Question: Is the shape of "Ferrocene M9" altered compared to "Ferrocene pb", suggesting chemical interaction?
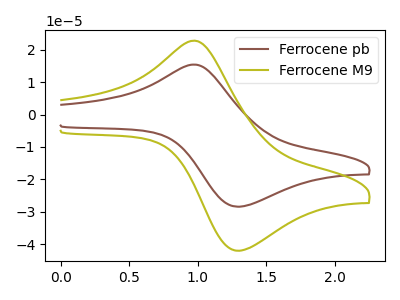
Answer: <think>The brown curve "Ferrocene pb" has an anodic peak at (0.95V, 15.40uA) and a cathodic peak at (1.30V, -28.45uA). The olive curve "Ferrocene M9" has an anodic peak at (0.95V, 22.80uA) and a cathodic peak at (1.30V, -42.05uA).
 All the peaks in "Ferrocene M9" have a peak in "Ferrocene pb" at the same potential. Every peak in "Ferrocene M9" is higher than every peak in "Ferrocene pb".</think>
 <answer>No, "Ferrocene M9" and "Ferrocene pb" don't appear to be significantly different in shape</answer>
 <eval>no_change</eval>